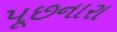
પૂછનારા